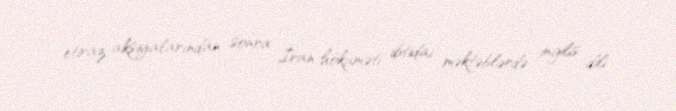
etiraz aksiyalarından sonra İran hökuməti ibtidai məktəblərdə ingilis dili